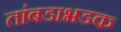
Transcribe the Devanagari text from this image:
तांबडाभडक